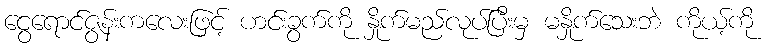
ငွေရောင်ဇွန်းကလေးဖြင့် ဟင်းခွက်ကို နှိုက်မည်လုပ်ပြီးမှ မနှိုက်သေးဘဲ ကိုယ့်ကို